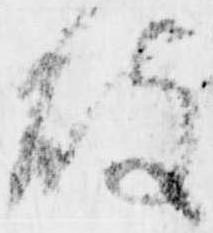
破